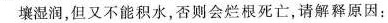
壤湿润，但又不能积水，否则会烂根死亡，请解释原因：